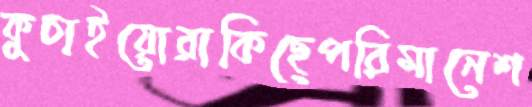
কুচাইয়োরাকিছেপরিমানেশ